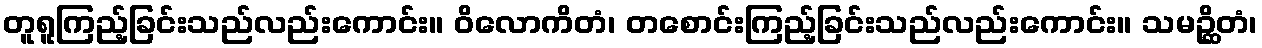
တူရူကြည့်ခြင်းသည်လည်းကောင်း။ ဝိလောကိတံ၊ တစောင်းကြည့်ခြင်းသည်လည်းကောင်း။ သမဉ္ဆိတံ၊